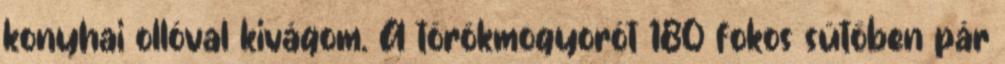
konyhai ollóval kivágom. A törökmogyorót 180 fokos sütőben pár